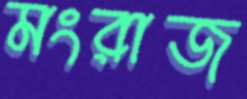
মংরাজ